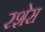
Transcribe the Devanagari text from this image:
रशेस